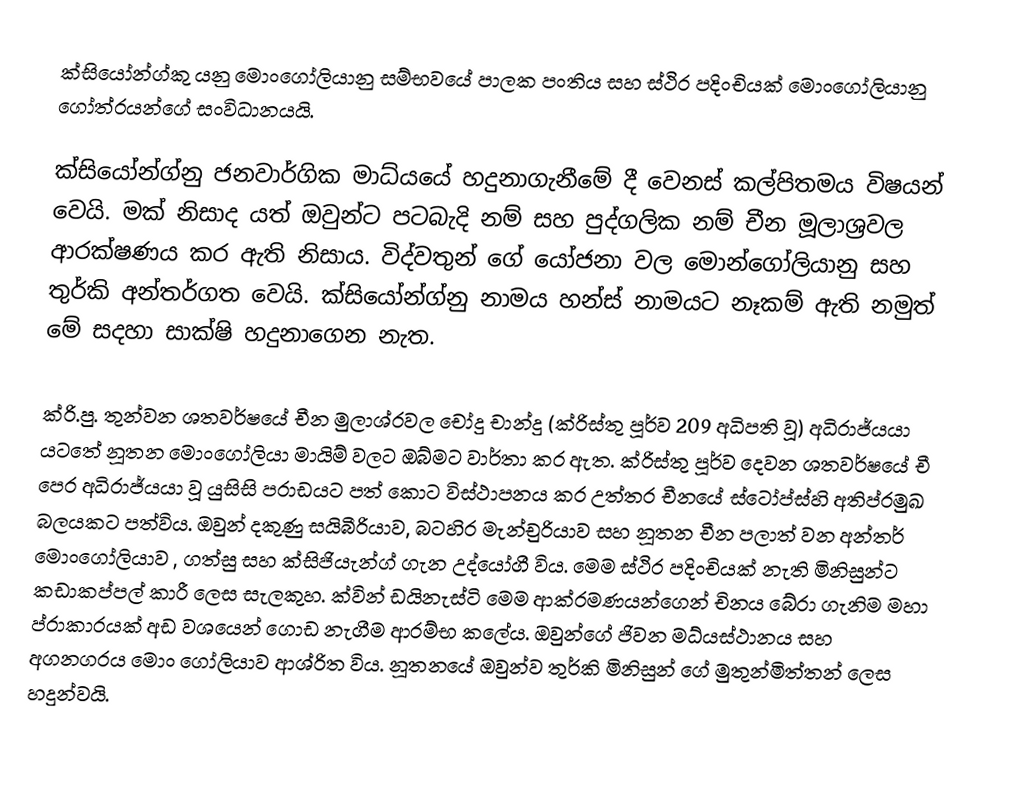
ක්සියෝන්ග්කු යනු මොංගෝලියානු සම්භවයේ පාලක පංතිය සහ ස්ථිර පදිංචියක් මොංගෝලියානු ගෝත්රයන්ගේ සංවිධානයයි.

ක්සියෝන්ග්නු ජනවාර්ගික මාධ්යයේ හදුනාගැනීමේ දී වෙනස් කල්පිතමය විෂයන් වෙයි. මක් නිසාද යත් ඔවුන්ට පටබැදි නම් සහ පුද්ගලික නම් චීන මූලාශ්‍රවල ආරක්ෂණය කර ඇති නිසාය. විද්වතුන් ගේ යෝජනා වල මොන්ගෝලියානු සහ තුර්කි අන්තර්ගත වෙයි. ක්සියෝන්ග්නු නාමය හන්ස් නාමයට නෑකම් ඇති නමුත් මේ සදහා සාක්ෂි හදුනාගෙන නැත.

ක්රි.පු. තුන්වන ශතවර්ෂයේ චීන මුලාශ්රවල චෝදු චාන්දු (ක්රිස්තු පූර්ව 209 අධිපති වූ) අධිරාජ්යයා යටතේ නූතන මොංගෝලියා මායිම් වලට ඔබ්මට වාර්තා කර ඇත. ක්රිස්තු පූර්ව දෙවන ශතවර්ෂයේ චී පෙර අධිරාජ්යයා වූ යුසිසි පරාඩයට පත් කොට විස්ථාපනය කර උත්තර චීනයේ ස්ටෝප්ස්හි අතිප්රමුඛ බලයකට පත්විය.  ඔවුන් දකුණු සයිබීරියාව,  බටහිර මැන්චුරියාව සහ නූතන චීන පලාත් වන අන්තර් මොංගෝලියාව , ගත්සු  සහ ක්සිජියැන්ග් ගැන  උද්යෝගී විය. මෙම ස්ථිර පදිංචියක් නැති මිනිසුන්ට කඩාකප්පල් කාරී ලෙස සැලකුහ. ක්වින් ඩයිනැස්ටි මෙම ආක්රමණයන්ගෙන් චිනය බේරා ගැනිම මහා ප්රාකාරයක් අඩ වශයෙන් ගොඩ නැගීම ආරම්භ කලේය. ඔවුන්ගේ ජිවන මධ්යස්ථානය සහ අගනගරය මොං ගෝලියාව ආශ්රිත විය. නූතනයේ ඔවුන්ව තුර්කි මිනිසුන් ගේ මුතුන්මිත්තන් ලෙස හදුන්වයි.